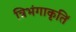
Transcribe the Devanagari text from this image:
त्रिभंगाकृतिं